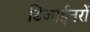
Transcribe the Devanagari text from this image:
डिजाईनरों